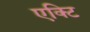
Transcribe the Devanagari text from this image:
एक्टि